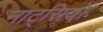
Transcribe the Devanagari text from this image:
नाट्सियों